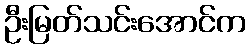
ဦးမြတ်သင်းအောင်က